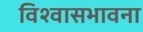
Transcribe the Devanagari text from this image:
विश्वासभावना